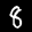
Label: 8